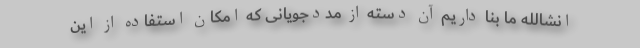
انشالله ما بنا داریم آن دسته از مددجویانی که امکان استفاده از این